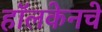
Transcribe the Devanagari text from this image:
हॉलकेनचे